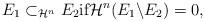
LaTeX: \begin{align*}E_{1} \subset_{\mathcal{H}^{n}} E_{2} \mbox{if} \mathcal{H}^{n} ( E_{1} \backslash E_{2} ) =0,\end{align*}